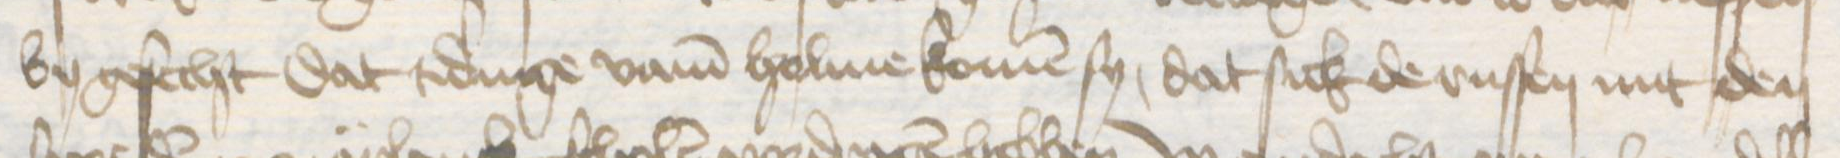
by gesecht dat tidinge vam Holme komen sy, dat sick de russen mit den